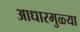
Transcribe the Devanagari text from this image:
आधारमुळ्या